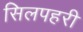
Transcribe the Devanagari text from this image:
सिलपहरी